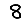
Digit: 8